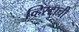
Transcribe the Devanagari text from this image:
व्हिस्टाची